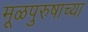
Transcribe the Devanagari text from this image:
मूळपुरुषाच्या